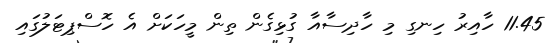
11.45 ހާއިރު ހިނގި މި ހާދިސާއާ ގުޅިގެން ތިން މީހަކަށް އެ ހޮސްޕިޓަލުގައި